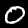
Label: 0